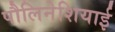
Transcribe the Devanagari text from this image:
पौलिनेशियाई